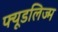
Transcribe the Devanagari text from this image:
फ्यूडलिज्म